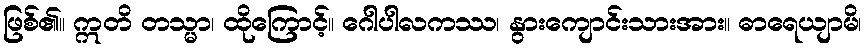
ဖြစ်၏။ ဣတိ တသ္မာ၊ ထိုကြောင့်။ ဂေါပါလကဿ၊ နွားကျောင်းသားအား။ ဓာရေယျာမိ၊